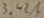
Text: 3.42A